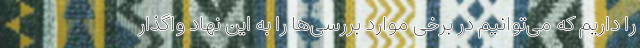
را داریم که می‌توانیم در برخی موارد بررسی‌ها را به این نهاد واگذار